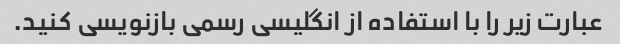
عبارت زیر را با استفاده از انگلیسی رسمی بازنویسی کنید.